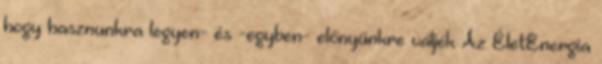
hogy hasznunkra legyen- és -egyben- előnyünkre váljék Az ÉletEnergia